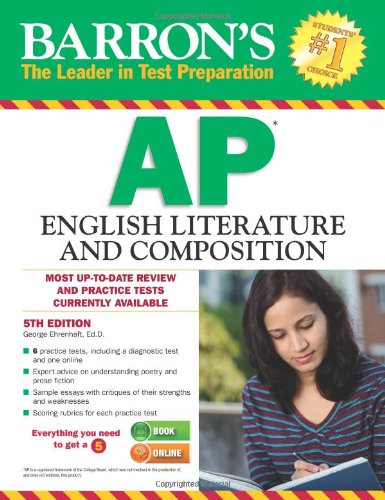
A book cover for Barron's AP English Literature and Composition, 5th Edition (Barron's Ap English Literture and Composition); George Ehrenhaft Ed.D.; Test Preparation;